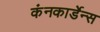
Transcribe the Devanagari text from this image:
कंनकार्डेन्स